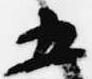
五